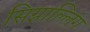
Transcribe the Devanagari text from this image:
सिग्नाल्लिंग